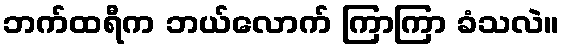
ဘက်ထရီက ဘယ်လောက် ကြာကြာ ခံသလဲ။